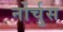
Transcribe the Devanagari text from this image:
नोर्चुस